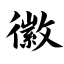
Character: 徽